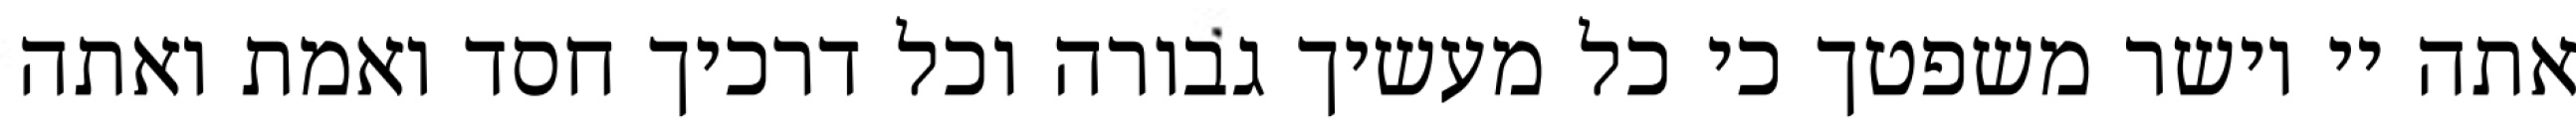
אתה יי וישר משפטך כי כל מעשיך גבורה וכל דרכיך חסד ואמת ואתה